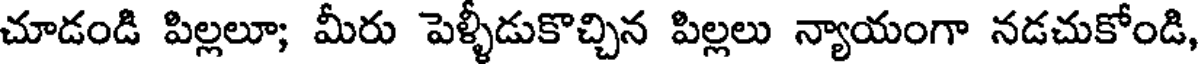
చూడండి పిల్లలూ; మీరు పెళ్ళీడుకొచ్చిన పిల్లలు న్యాయంగా నడచుకోండి,